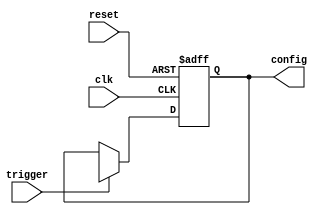
module Fallback_Bypass_Register (
    input wire clk,         // input clock signal
    input wire reset,       // input reset signal
    input wire trigger,     // input trigger signal for fallback activation
    output reg [31:0] config // output fallback configuration settings
);

always @(posedge clk or posedge reset) begin
    if (reset) begin
        config <= 32'h00000000; // reset to default configuration
    end else begin
        if (trigger) begin
            config <= 32'hXXXXXXXX; // set fallback configuration settings
        end
    end
end

endmodule